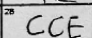
Transcription: CCE